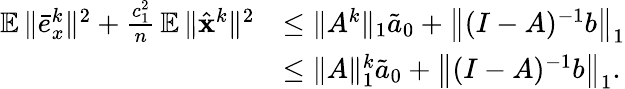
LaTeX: \begin{array}{rl}{\mathop{\mathbb{E}}\| \bar{e}_{x}^{k}\| ^{2}+\frac{c_{1}^{2}}{n}\mathop{\mathbb{E}}\| \hat{{\mathbf{x}}}^{k}\| ^{2}}&{\leq\| A^{k}\| _{1}\tilde{a}_{0}+\left\| (I-A)^{-1}b\right\| _{1}}\\ &{\leq\| A\| _{1}^{k}\tilde{a}_{0}+\left\| (I-A)^{-1}b\right\| _{1}.}\end{array}